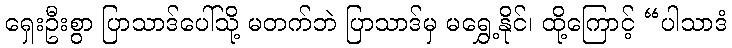
ရှေးဦးစွာ ပြာသာဒ်ပေါ်သို့ မတက်ဘဲ ပြာသာဒ်မှ မရွှေ့နိုင်၊ ထို့ကြောင့် “ပါသာဒံ